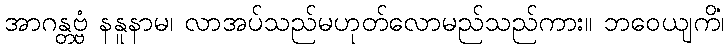
အာဂန္တဗ္ဗံ နနူနာမ၊ လာအပ်သည်မဟုတ်လောမည်သည်ကား။ ဘဝေယျကိံ၊